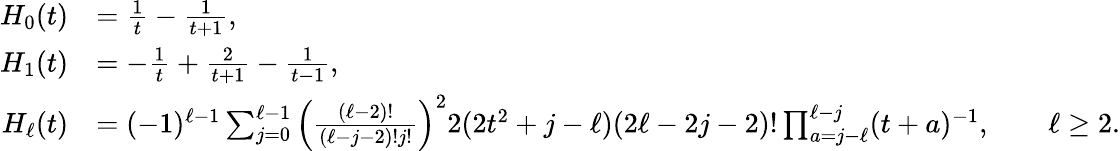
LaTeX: \begin{array}{rl}{H_{0}(t)}&{={\frac{1}{t}}-{\frac{1}{t+1}},}\\ {H_{1}(t)}&{=-\frac{1}{t}+\frac{2}{t+1}-\frac{1}{t-1},}\\ {H_{\ell}(t)}&{=(-1)^{\ell-1}\sum_{j=0}^{\ell-1}\left({\frac{(\ell-2)!}{(\ell-j-2)!j!}}\right)^{2}2(2t^{2}+j-\ell)(2\ell-2j-2)!\prod_{a=j-\ell}^{\ell-j}(t+a)^{-1},\qquad\ell\ge 2.}\end{array}